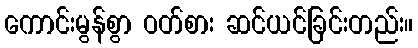
ကောင်းမွန်စွာ ဝတ်စား ဆင်ယင်ခြင်းတည်း။